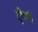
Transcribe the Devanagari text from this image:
ऐण्द